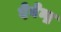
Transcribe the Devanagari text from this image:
देवेेन्द्र